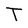
Character: T